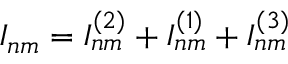
I _ { n m } = I _ { n m } ^ { ( 2 ) } + I _ { n m } ^ { ( 1 ) } + I _ { n m } ^ { ( 3 ) }